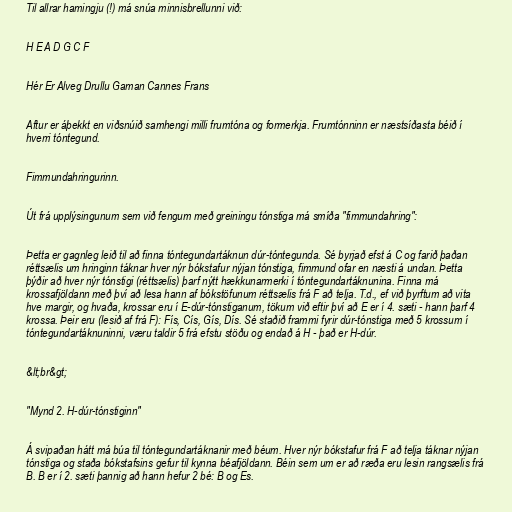
Til allrar hamingju (!) má snúa minnisbrellunni við:

H E A D G C F

Hér Er Alveg Drullu Gaman Cannes Frans

Aftur er áþekkt en viðsnúið samhengi milli frumtóna og formerkja. Frumtónninn er næstsíðasta béið í
hverri tóntegund.

Fimmundahringurinn.

Út frá upplýsingunum sem við fengum með greiningu tónstiga má smíða "fimmundahring":

Þetta er gagnleg leið til að finna tóntegundartáknun dúr-tóntegunda. Sé byrjað efst á C og farið þaðan
réttsælis um hringinn táknar hver nýr bókstafur nýjan tónstiga, fimmund ofar en næsti á undan. Þetta
þýðir að hver nýr tónstigi (réttsælis) þarf nýtt hækkunarmerki í tóntegundartáknunina. Finna má
krossafjöldann með því að lesa hann af bókstöfunum réttsælis frá F að telja. T.d., ef við þyrftum að vita
hve margir, og hvaða, krossar eru í E-dúr-tónstiganum, tökum við eftir því að E er í 4. sæti - hann þarf 4
krossa. Þeir eru (lesið af frá F): Fís, Cís, Gís, Dís. Sé staðið frammi fyrir dúr-tónstiga með 5 krossum í
tóntegundartáknuninni, væru taldir 5 frá efstu stöðu og endað á H - það er H-dúr.

&lt;br&gt;

"Mynd 2. H-dúr-tónstiginn"

Á svipaðan hátt má búa til tóntegundartáknanir með béum. Hver nýr bókstafur frá F að telja táknar nýjan
tónstiga og staða bókstafsins gefur til kynna béafjöldann. Béin sem um er að ræða eru lesin rangsælis frá
B. B er í 2. sæti þannig að hann hefur 2 bé: B og Es.